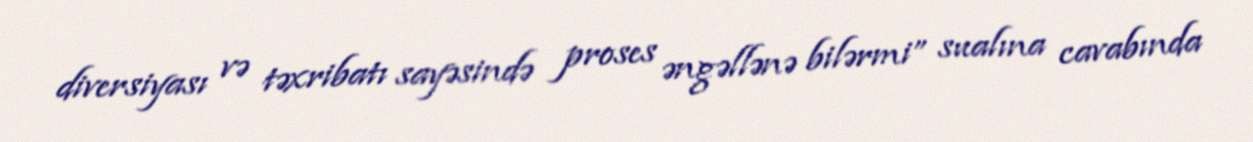
diversiyası və təxribatı sayəsində proses əngəllənə bilərmi” sualına cavabında